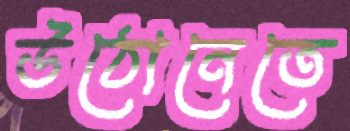
উঠোনেতে